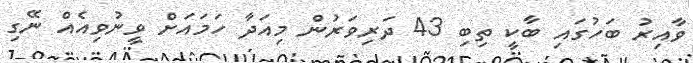
ވާއިރު ބަހުގައި ބާކީ ތިބި 43 ދަރިވަރުން މިއަދާ ހަމައަށް ވީނުވިއެއް ނޭގި